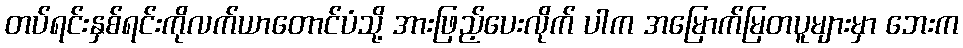
တပ်ရင်းနှစ်ရင်းကိုလက်ယာတောင်ပံသို့ အားဖြည့်ပေးလိုက် ပါက အမြောက်မြတပူများမှာ ဘေးက